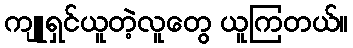
ကျူရှင်ယူတဲ့လူတွေ ယူကြတယ်။